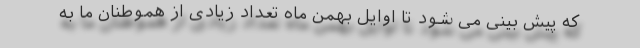
که پیش بینی می شود تا اوایل بهمن ماه تعداد زیادی از هموطنان ما به